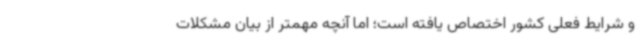
و شرایط فعلی کشور اختصاص یافته است؛ اما آنچه مهمتر از بیان مشکلات